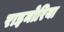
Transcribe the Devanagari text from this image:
राइनोरिया